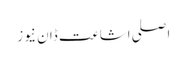
اصلی اشاعت ڈان نیوز